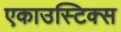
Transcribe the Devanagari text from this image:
एकाउस्टिक्स